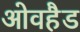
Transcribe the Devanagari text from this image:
ओवहैड